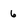
Character: 6